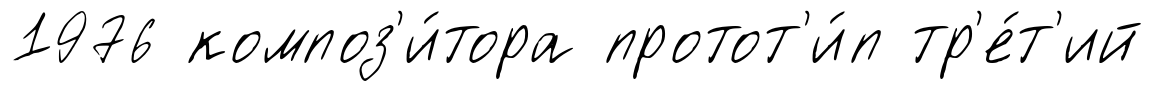
1976 композ'и́тора протот'и́п тр'е́т'ий